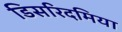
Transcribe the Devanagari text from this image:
डिसरिदमिया